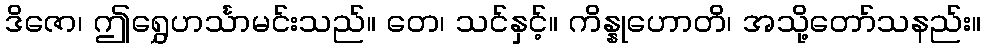
ဒိဇော၊ ဤရွှေဟင်္သာမင်းသည်။ တေ၊ သင်နှင့်။ ကိန္နုဟောတိ၊ အသို့တော်သနည်း။